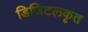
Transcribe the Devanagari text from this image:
डिजिटलकृत